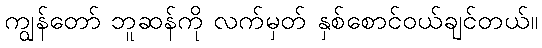
ကျွန်တော် ဘူဆန်ကို လက်မှတ် နှစ်စောင်ဝယ်ချင်တယ်။